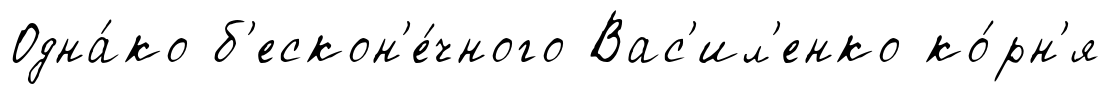
Одна́ко б'ескон'е́чного Вас'ил'енко ко́рн'я